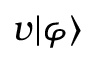
v | \varphi \rangle